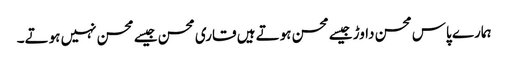
ہمارے پاس محسن داوڑ جیسے محسن ہوتے ہیں قاری محسن جیسے محسن نہیں ہوتے۔